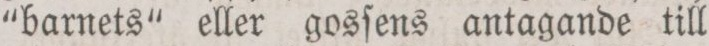
“barnets“ eller gosſens antagande till